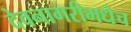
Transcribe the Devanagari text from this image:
देवनागरीमधेच